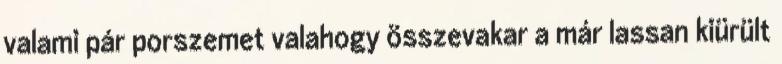
valami pár porszemet valahogy összevakar a már lassan kiürült